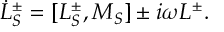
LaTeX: \dot { L } _ { S } ^ { \pm } = [ L _ { S } ^ { \pm } , M _ { S } ] \pm i \omega L ^ { \pm } .